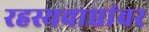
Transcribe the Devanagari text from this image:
रहस्यवाद्यांवर